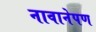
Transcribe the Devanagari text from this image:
नावानेपण